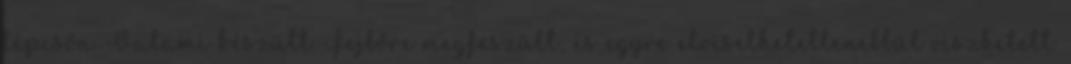
lépcsőn. Valami készült. Fejbőre megfeszült, és egyre elviselhetetlenebbül viszketett.